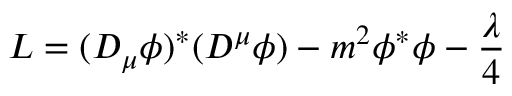
{ \cal L } = ( D _ { \mu } \phi ) ^ { * } ( D ^ { \mu } \phi ) - m ^ { 2 } \phi ^ { * } \phi - \frac \lambda 4